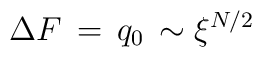
\Delta F \, = \, q_0\, \sim  \xi^{N/2}